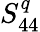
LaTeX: S_{44}^{q}